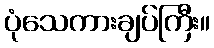
ပုံသေကားချပ်ကြီး။